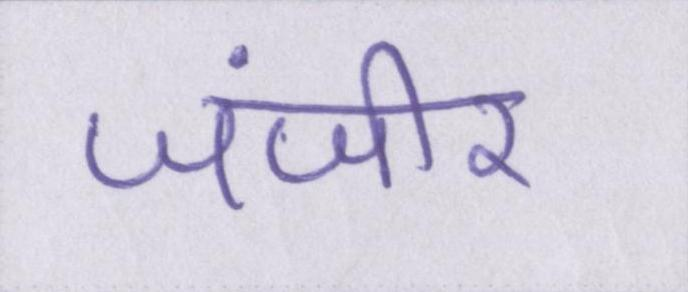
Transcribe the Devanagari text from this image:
जंजीर